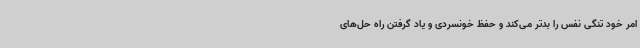
امر خود تنگی نفس را بدتر می‌کند و حفظ خونسردی و یاد گرفتن راه حل‌های